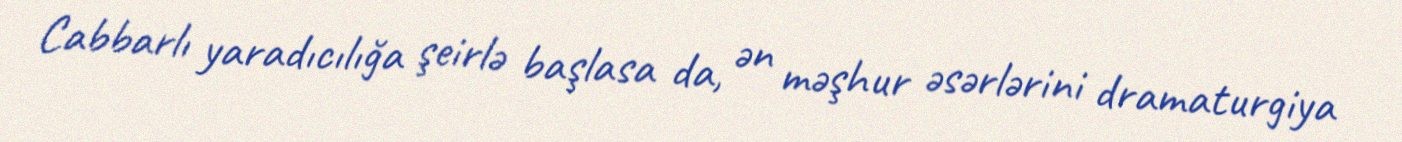
Cabbarlı yaradıcılığa şeirlə başlasa da, ən məşhur əsərlərini dramaturgiya